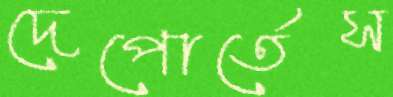
দেপোর্তেস